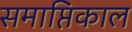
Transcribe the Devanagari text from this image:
समाप्तिकाल